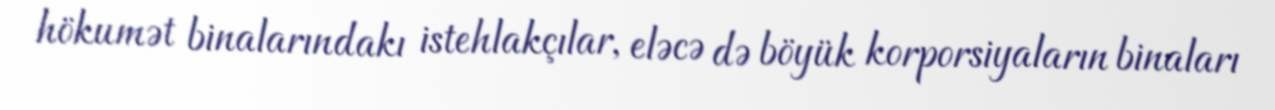
hökumət binalarındakı istehlakçılar, eləcə də böyük korporsiyaların binaları